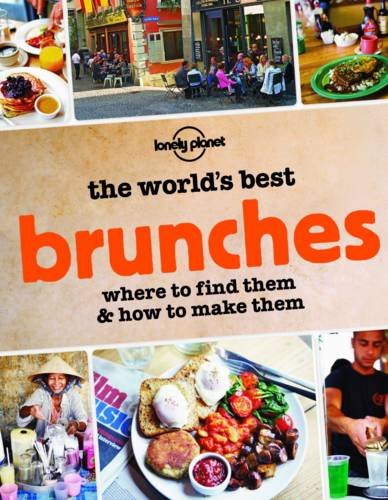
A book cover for The World's Best Brunches: Where to Find Them and How to Make Them (General Reference); Lonely Planet; Cookbooks, Food & Wine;